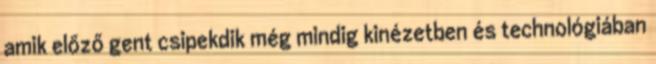
amik előző gent csipekdik még mindig kinézetben és technológiában